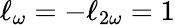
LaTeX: \ell_{\omega}=-\ell_{2\omega}=1